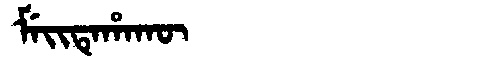
Manchu: ᠮᡝᡳᡨᡝᡥᠠᡴᡡ
Romanization: MEITEHAKŪ